Notes on vaccination in the North-West Frontier Province 1923-1928 - 1923-1928
Year: 1923
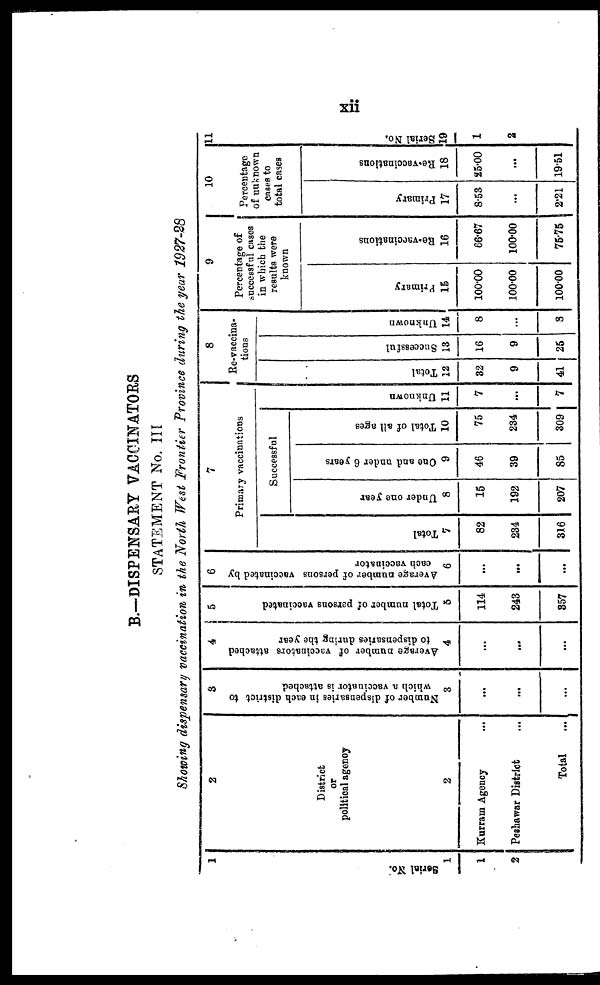
xii
B.—DISPENSARY VACCINATORS
STATEMENT No. III
Showing dispensary vaccination in the North West Frontier Province during the year 1927-28
1
Serial No.
1
1
2
2
District
or
political agency
2
Kurram Agency ...
Peshawar District ...
Total ...
3
Nu mb e r of di s pens ar i
es in each di st r i ct to
which a v a c c i n a t o r is attached
3
...
...
...
4
Ave r
a ge number of vaccinators attached
to di s pens ar i
es during the year
4
...
...
...
5
Tot al number of parsons vaccinated
5
114
243
357
6
Ave r
a ge n u m b e r of per s ons v a c c i n a t e d by
each vaccinator
6
...
...
...
7
Primary vaccinations
Total
7
82
234
316
Successful
Under one year
8
15
192
207
One and u n d e r 6 years
9
46
39
85
Tot al of al l ages
10
75
234
309
Un k n o wn
11
7
...
7
8
Re-vaccina-
tions
Tot al
12
32
9
41
Successful
13
16
9
25
Un k n o wn
14
8
...
8
9
Percentage of
successful cases
in which the
results were
known
Pr i
mar y
15
100.00
100.00
100.00
Re-vaccinations
16
66.67
100.00
75.75
10
Percentage
of unknown
cases to
total cases
Pr i
mar y
17
8.53
...
2.21
Re -
va c c i
na t
i
ons
18
25.00
...
19.51
11
Ser i al No.
19
1
2